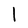
Character: l